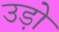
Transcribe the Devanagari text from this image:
उड़ो